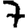
Digit: 7